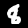
Digit: 8